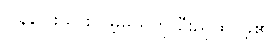
ပြန်ပြေးသွားလိမ့်မည်ဟု ဦးညိုထင်ခဲ့၏။